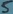
Text: 5